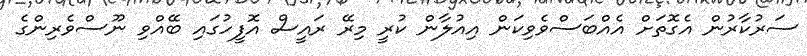
ސަރުކާރުން އެގޮތަށް އެއްބަސްވެވިކަން އިއުލާން ކުރީ މިރޭ ރައީސް އޮފީހުގައި ބޭއްވި ނޫސްވެރިންގެ